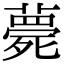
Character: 薨